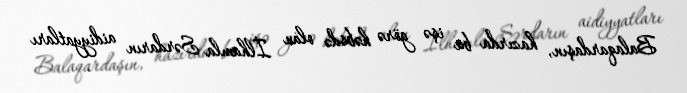
Balaqardaşın, hazırda bu işə görə həbsdə olan İlhamla Sərdarın aidiyyatları